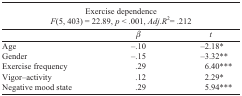
| <COLSPAN=3> Exercise dependence F(5, 403) = 22.89, p < .001, Adj.R2= .212 |
 |  | β | t |
 | --- | --- | --- |
 | Age | –.10 | –2.18* |
 | Gender | –.15 | –3.32** |
 | Exercise frequency | .29 | 6.40*** |
 | Vigor–activity | .12 | 2.29* |
 | Negative mood state | .29 | 5.94*** |